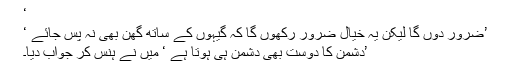
‘
’ضرور دوں گا لیکن یہ خیال ضرور رکھوں گا کہ گیہوں کے ساتھ گھن بھی نہ پس جائے ‘
’دشمن کا دوست بھی دشمن ہی ہوتا ہے ‘ میں نے ہنس کر جواب دیا۔